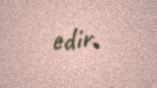
edir.